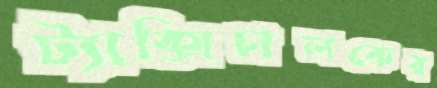
ট্যাক্সিচালকের